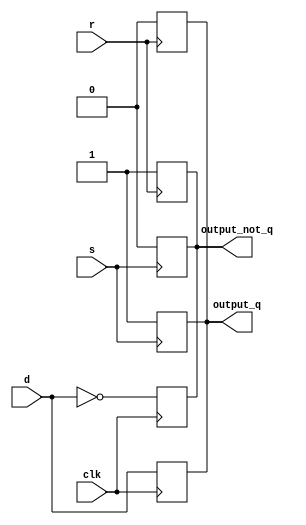
//////////////////////////////////////////////////////////////////////////////////
// Module Name: dff_reset_posedge.v
// Description: D flip flop that sets and resets at posedge
//////////////////////////////////////////////////////////////////////////////////

`timescale 1ns / 1ns

module dff_reset_posedge (clk, s, r, d, output_q, output_not_q);
	input clk, s, r, d;
	output output_q, output_not_q;
	reg output_q, output_not_q;
	always @(posedge r) begin
		output_q = 1'b0;
		output_not_q = 1'b1;
		end
	always @(posedge s) begin
		output_q = 1'b1;
		output_not_q = 1'b0;
		end
	always @(posedge clk) begin
		output_q = d;
		output_not_q = ~d;
		end

endmodule